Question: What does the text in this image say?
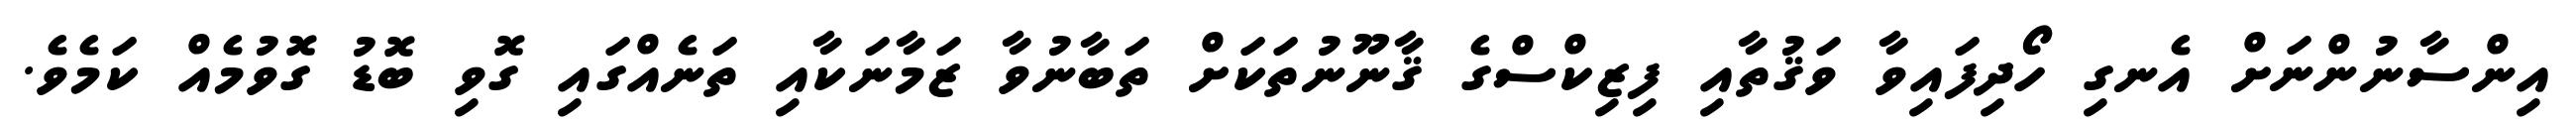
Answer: އިންސާނުންނަށް އެނގި ހޯދިފައިވާ ވަޤުތާއި ފިޒިކްސްގެ ޤާނޫނުތަކަށް ތަބާނުވާ ޒަމާނަކާއި ތަނެއްގައި ގޮވި ބޮޑު ގޮވުމެއް ކަމެވެ.